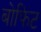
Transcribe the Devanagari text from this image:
बोफिट